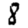
Digit: 8